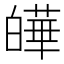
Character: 皣